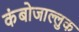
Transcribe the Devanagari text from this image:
कंबोजाल्लुक